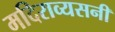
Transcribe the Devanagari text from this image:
मदिराव्यसनी